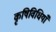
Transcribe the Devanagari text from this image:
कृषिविधियाँ